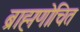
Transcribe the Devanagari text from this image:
ब्राह्मणोचित